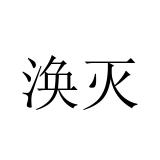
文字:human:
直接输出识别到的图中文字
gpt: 涣灭